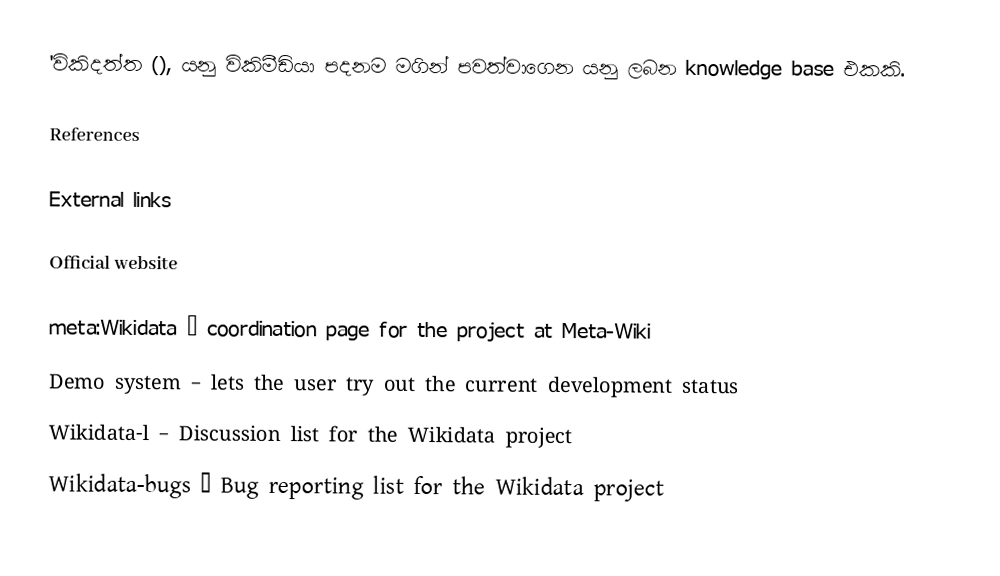
'විකිදත්ත (), යනු විකිමීඩියා පදනම මගින් පවත්වාගෙන යනු ලබන knowledge base එකකි.

References

External links

 Official website

 meta:Wikidata – coordination page for the project at Meta-Wiki
 Demo system – lets the user try out the current development status
 Wikidata-l – Discussion list for the Wikidata project
 Wikidata-bugs – Bug reporting list for the Wikidata project